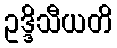
ဥဒ္ဒိသီယတိ